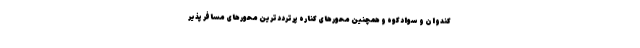
کندوان و سوادکوه و همچنین محورهای کناره پرترددترین محورهای مسافر پذیر